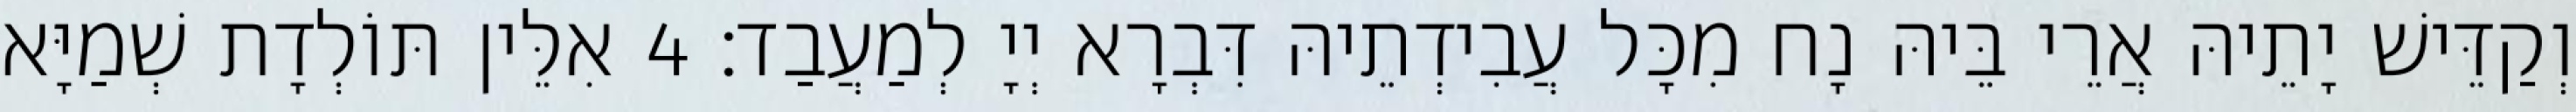
וְקַדֵּישׁ יָתֵיהּ אֲרֵי בֵּיהּ נָח מִכָּל עֲבִידְתֵיהּ דִּבְרָא יְיָ לְמַעֲבַד׃ 4 אִלֵּין תּוֹלְדָת שְׁמַיָּא